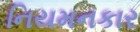
નિયમનકાર